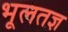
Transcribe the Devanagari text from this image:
भूलतज्ञ